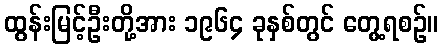
ထွန်းမြင့်ဦးတို့အား ၁၉၆၄ ခုနှစ်တွင် တွေ့ရစဉ်။